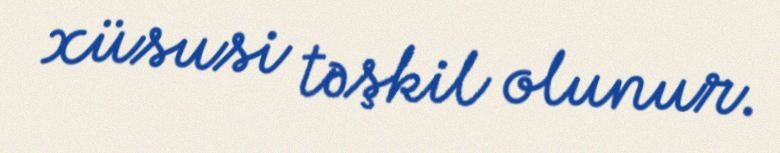
xüsusi təşkil olunur.